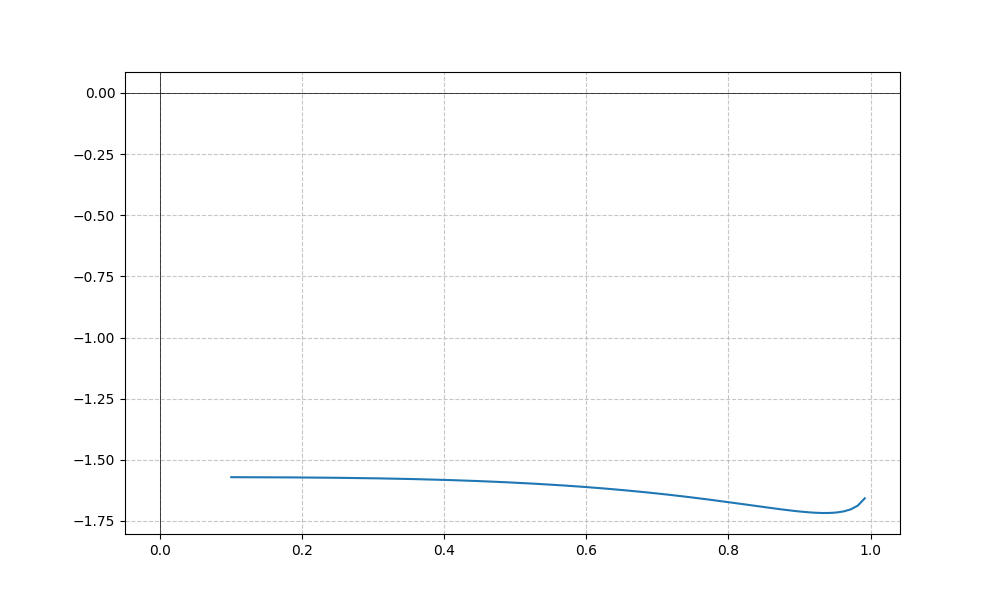
LaTeX formula: - \tan{\left(x \right)} - \operatorname{acos}{\left(x \right)}